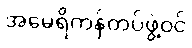
အမေရိကန်တပ်ဖွဲ့ဝင်